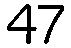
47